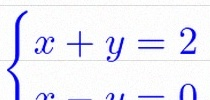
\begin{cases}x+y=2\\x-y=0\end{cases}